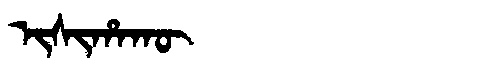
Manchu: ᡳᠰᡳᡥᠠᡴᡡ
Romanization: ISIHAKŪ